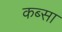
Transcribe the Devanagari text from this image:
कब्सा